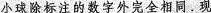
小球除标注的数字外完全相同.现